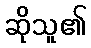
ဆိုသူ၏